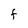
Character: F